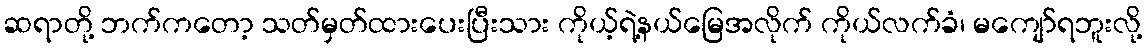
ဆရာတို့ ဘက်ကတော့ သတ်မှတ်ထားပေးပြီးသား ကိုယ့်ရဲ့နယ်မြေအလိုက် ကိုယ်လက်ခံ၊ မကျော်ရဘူးလို့